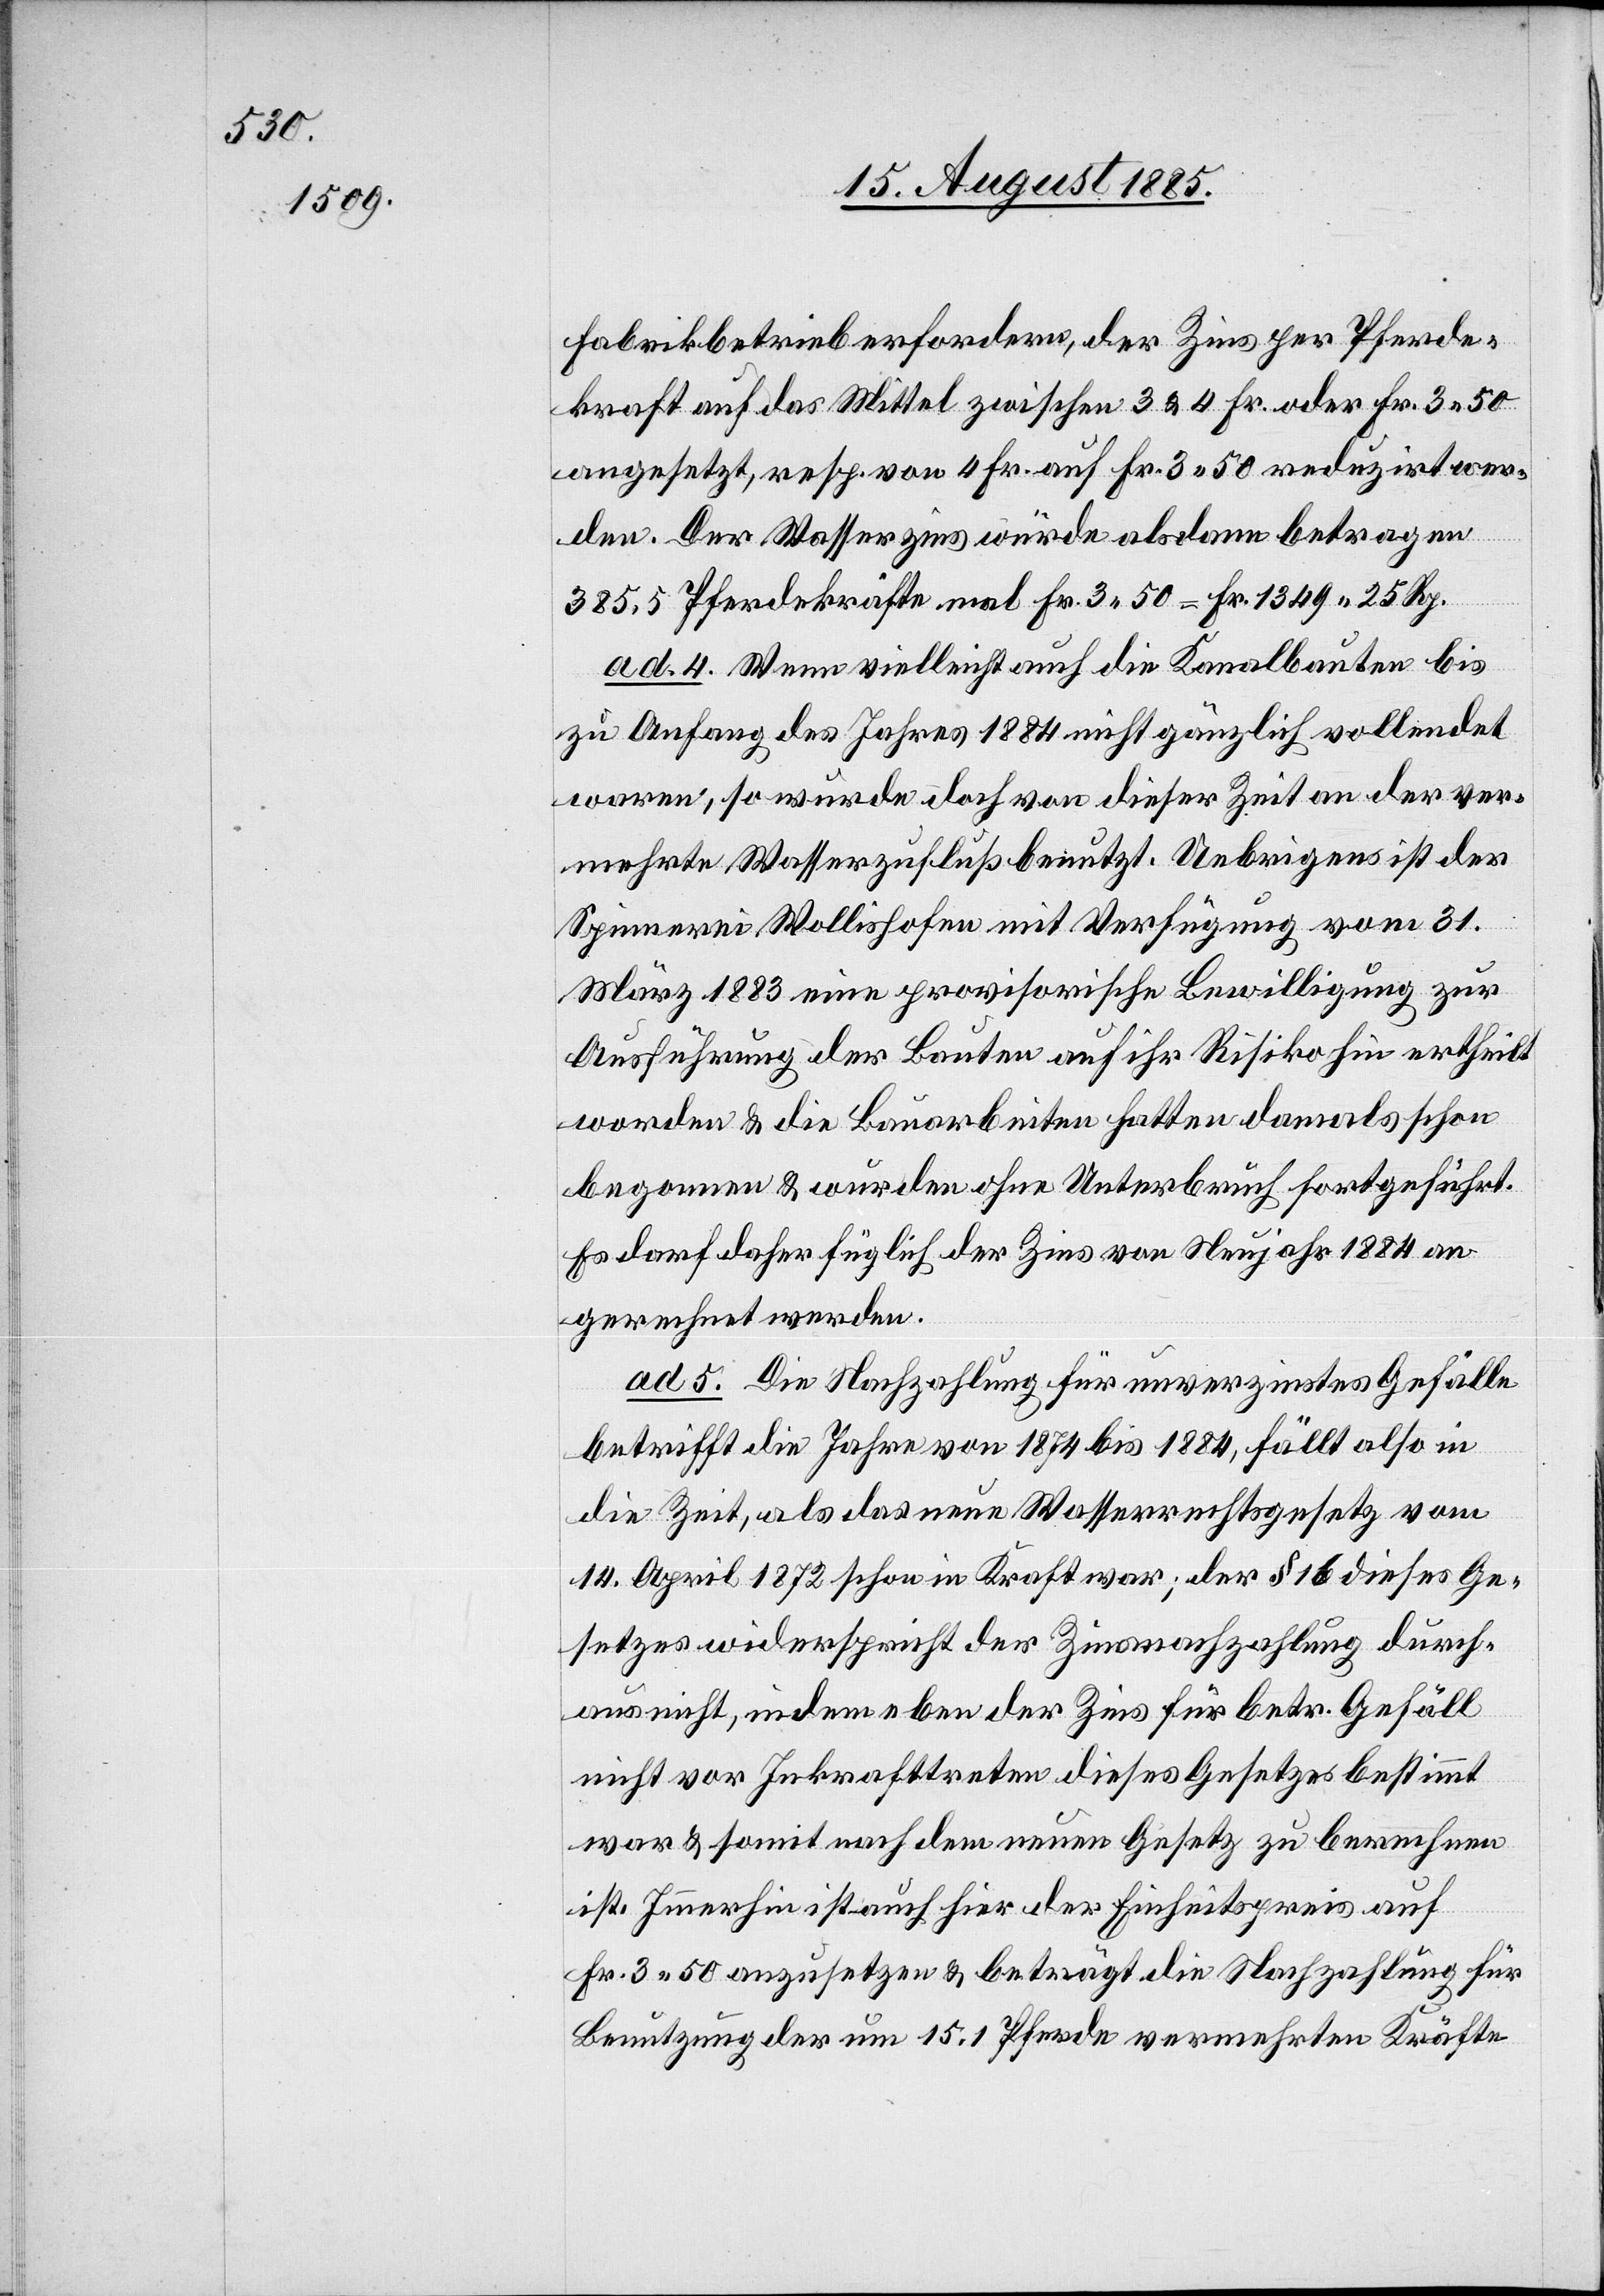
Fabrikbetreib erfordern, der Zins per Pferde¬
kraft auf das Mittel zwischen 3 & 4 Fr. oder Fr 3 50
angesetzt, resp. von 4 Fr. auf Fr. 3 50 reduzirt wer¬
den. Der Wasserzins würde alsdann betragen
385,5 Pferdekräfte mal Fr. 3 50 = Fr. 1349 25 Rp.
ad 4. Wenn vielleicht auch die Kanalbauten bis
zu Anfang des Jahres 1884 nicht gänzlich vollendet
waren, so wurde doch von dieser Zeit an der ver¬
mehrte Wasserzufluß benutzt. Uebrigens ist der
Spinnerei Wollishofen mit Verfügung vom 31.
März 1883 eine provisorische Bewilligung zur
Ausführung der Bauten auf ihr Risiko hin ertheilt
worden & die Bauarbeiten hatten damals schon
begonnen & wurden ohne Unterbruch fortgeführt.
Es darf daher füglich der Zins von Neujahr 1884 an
gerechnet werden.
ad 5. Die Nachzahlung für unverzinstes Gefälle
betrifft die Jahre von 1874 bis 1884, fällt also in
die Zeit, als das neue Wasserrechtsgesetz vom
14. April 1872 schon in Kraft war, der § 16 dieses Ge¬
setzes widerspricht der Zinsnachzahlung durch¬
aus nicht, indem eben der Zins für betr. Gefäll
nicht vor Inkrafttreten dieses Gesetzes bestimmt
war & somit nach dem neuen Gesetz zu berechnen
ist. Immerhin ist auch hier der Einheitspreis auf
Fr. 3 50 anzusetzen & beträgt die Nachzahlung für
Benutzung der um 15.1 Pferde vermehrten Kräfte